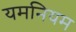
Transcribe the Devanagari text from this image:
यमनियम